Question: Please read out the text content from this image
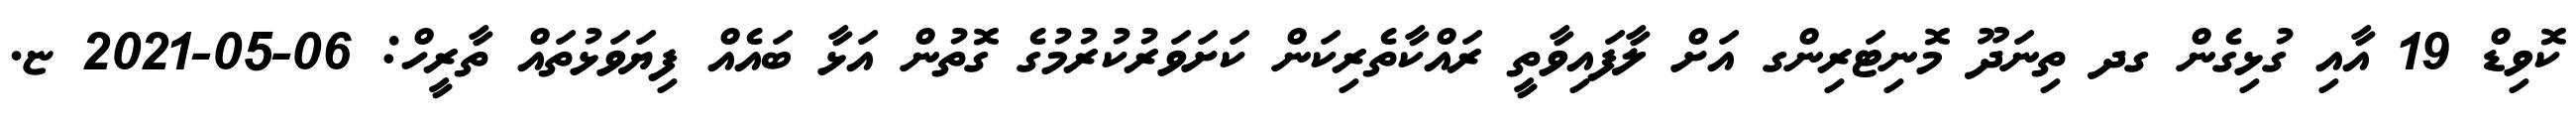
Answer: ކޮވިޑް 19 އާއި ގުޅިގެން ގދ ތިނަދޫ މޮނިޓަރިންގ އަށް ލާފައިވާތީ ރައްކާތެރިކަން ކަށަވަރުކުރުމުގެ ގޮތުން އަޅާ ބައެއް ފިޔަވަޅުތައް ތާރީހް: 06-05-2021 ޏ.